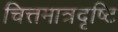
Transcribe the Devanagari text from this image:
चित्तमात्रदृष्टि